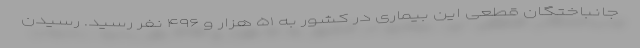
جانباختگان قطعی این بیماری در کشور به ۵۱ هزار و ۴۹۶ نفر رسید. رسیدن